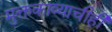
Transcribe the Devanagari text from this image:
मुक्तकाव्याचीही